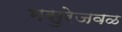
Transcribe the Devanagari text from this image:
मसुरेजवळ